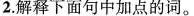
2.解释下面句中加点的词。